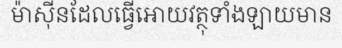
ម៉ាស៊ីនដែលធ្វើអោយវត្ថុទាំងឡាយមាន